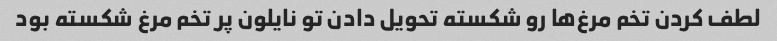
لطف کردن تخم مرغ‌ها رو شکسته تحویل دادن تو نایلون پر تخم مرغ شکسته بود